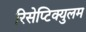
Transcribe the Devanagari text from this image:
रिसेप्टिक्युलम